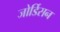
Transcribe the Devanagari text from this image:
जोर्डिसन